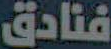
فنادق